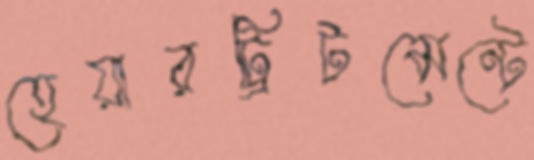
হেয়ারট্রিটমেন্টে